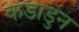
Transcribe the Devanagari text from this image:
कडाडुन